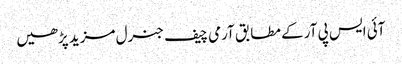
آئی ایس پی آر کے مطابق آرمی چیف جنرل مزید پڑھیں